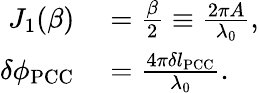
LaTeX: \begin{array}{rl}{J_{1}(\beta)}&{{}=\frac{\beta}{2}\equiv\frac{2\pi A}{\lambda_{0}},}\\ {\delta\phi_{\mathrm{PCC}}}&{{}=\frac{4\pi\delta l_{\mathrm{PCC}}}{\lambda_{0}}.}\end{array}